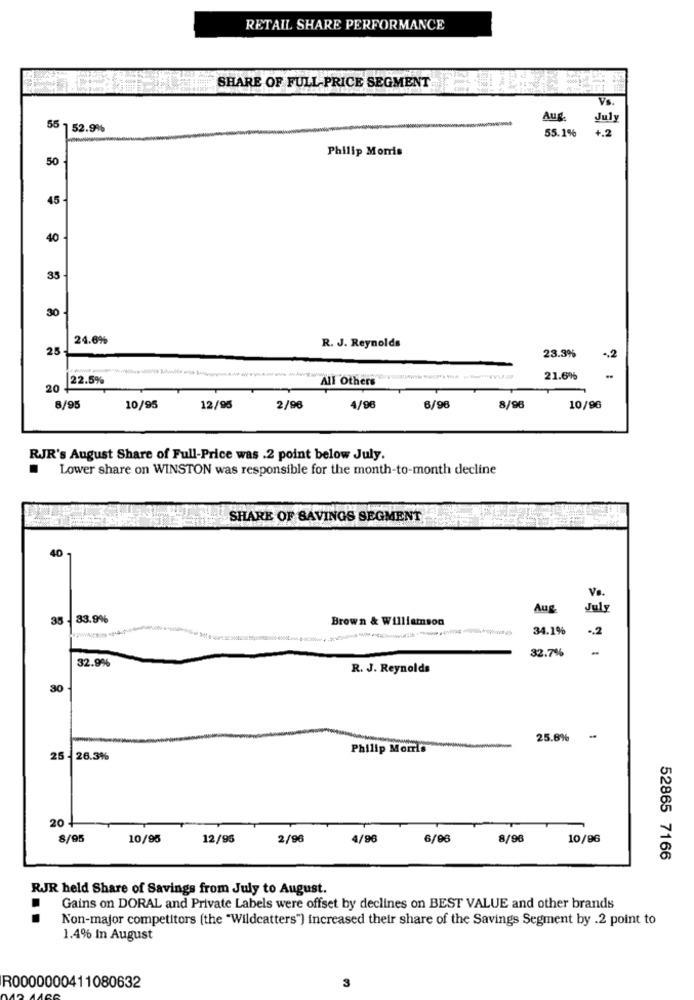
RETAIL SHARE PERFORMANCE
SHARE OF FULL PRICE SEGMENT
Vs
Aug.
July
55 1 52.9%
55.1%
+.2
Philip Morris
50
45
40
35
30
24.6%
R. J. Reynolds
25
23.3%
-. 2
22.5%
All Others
21.6%
20
8/95
10/95
12/95
2/96
4/96
6/96
8/96
10/96
RJR's August Share of Full-Price was .2 point below July.
.
Lower share on WINSTON was responsible for the month-to-month decline
SHARE OF SAVINGS SEGMENT
40
Ve.
Aug.
July
35 - 33.9%
Brown & Williamson
34.1%
-2
32.7%
-
32.9%
R. J. Reynolds
30
25.8%
Philip Morris
25 - 26.3%%
20
8/95
10/95
12/95
2/96
4/96
6/96
8/96
10/96
52865 7166
RJR held Share of Savings from July to August.
Gains on DORAL and Private Labels were offset by declines on BEST VALUE and other brands
Non-major competitors [the "Wildcatters") increased their share of the Savings Segment by .2 point to
1.4% In August
3
R0000000411080632